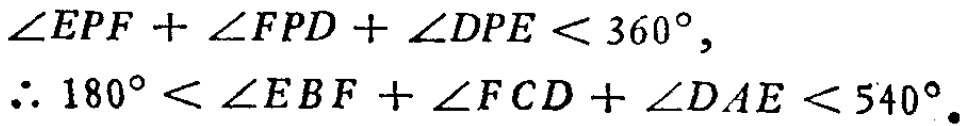
\(\angle EPF + \angle FPD + \angle DPE < 360^{\circ},\)
\(\therefore 180^{\circ} < \angle EBF + \angle FCD + \angle DAE < 540^{\circ}.\)